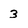
Character: 3